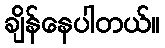
ချိန်နေပါတယ်။